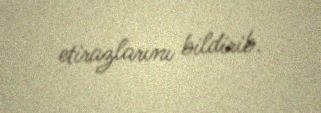
etirazlarını bildirib.